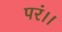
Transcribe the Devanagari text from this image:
परं।।